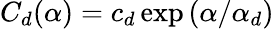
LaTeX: C_{d}(\alpha)=c_{d}\exp{(\alpha/\alpha_{d})}